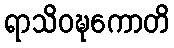
ရာသိဝဍ္ဎကောတိ